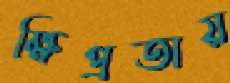
ক্ষিপ্রতায়